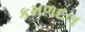
કમળદલ